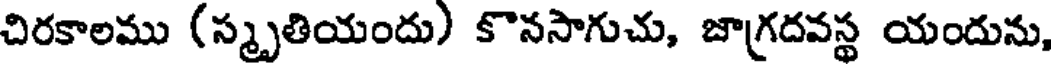
చిరకాలము (స్మృతియందు) కొనసాగుచు, జాగ్రదవస్థ యందును,